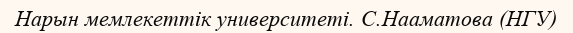
Нарын мемлекеттік университеті. С.Нааматова (НГУ)